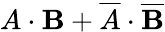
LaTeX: A\cdot\mathbf{B}+{\overline{{{A}}}}\cdot{\overline{{{\mathbf{B}}}}}